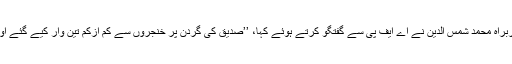
راج شاہی میٹروپولیٹن پولیس کے سربراہ محمد شمس الدین نے اے ایف پی سے گفتگو کرتے ہوئے کہا، ’’صدیق کی گردن پر خنجروں سے کم ازکم تین وار کیے گئے اور وہ ستر تا اسی فیصد تک کٹ گئی۔